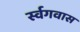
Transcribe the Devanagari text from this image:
र्स्वगवास